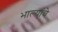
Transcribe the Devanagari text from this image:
भाल्यांचे